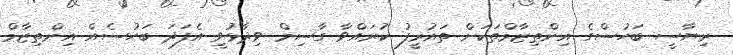
ރިޔާސީ ބަހުސްގެ އިންތިޒާމްތަކަށް ތައުރީފު ކުރައްވާ ގާސިމް ވިދާޅުވީ އެފަދަ ބަހުސެއް އިންތިޒާމް